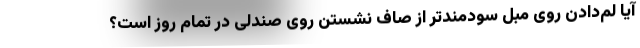
آیا لم‌دادن روی مبل سودمندتر از صاف نشستن روی صندلی در تمام روز است؟